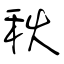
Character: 秋